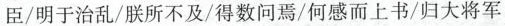
臣/明于治乱/朕所不及/得数问焉/何感而上书/归大将军